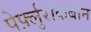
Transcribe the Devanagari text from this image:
पेर्फ़्लुरोकर्बोन